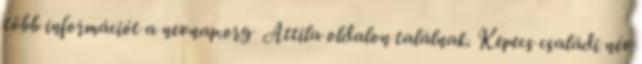
több információt a nevnap.org Attila oldalon találnak. Kepecs családi név